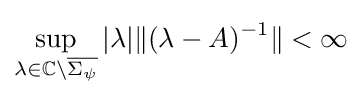
\sup \limits _{\lambda \in \mathbb {C} \setminus {\overline {\Sigma _{\psi }}}}|\lambda |\|(\lambda -A)^{-1}\|<\infty